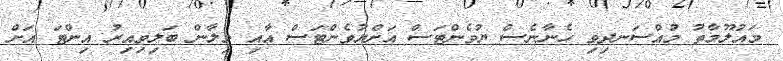
މައުލޫމާތު މުއްސަނދިވި ހެނާނެސް ޔުވެންޓަސް އަށްޔުވެންޓަސް އާއި މިލާން ބަލިވިއިރު އިންޓަ އަށް